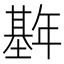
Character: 𫮱